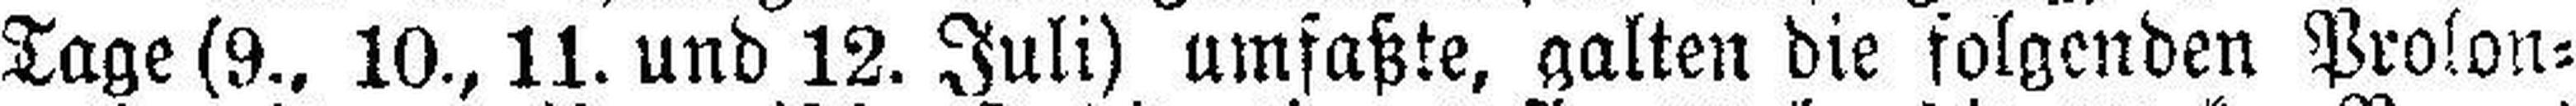
Tage (9., 10., 11. und 12. Juli) umfaßte, galten die folgenden Prolon¬